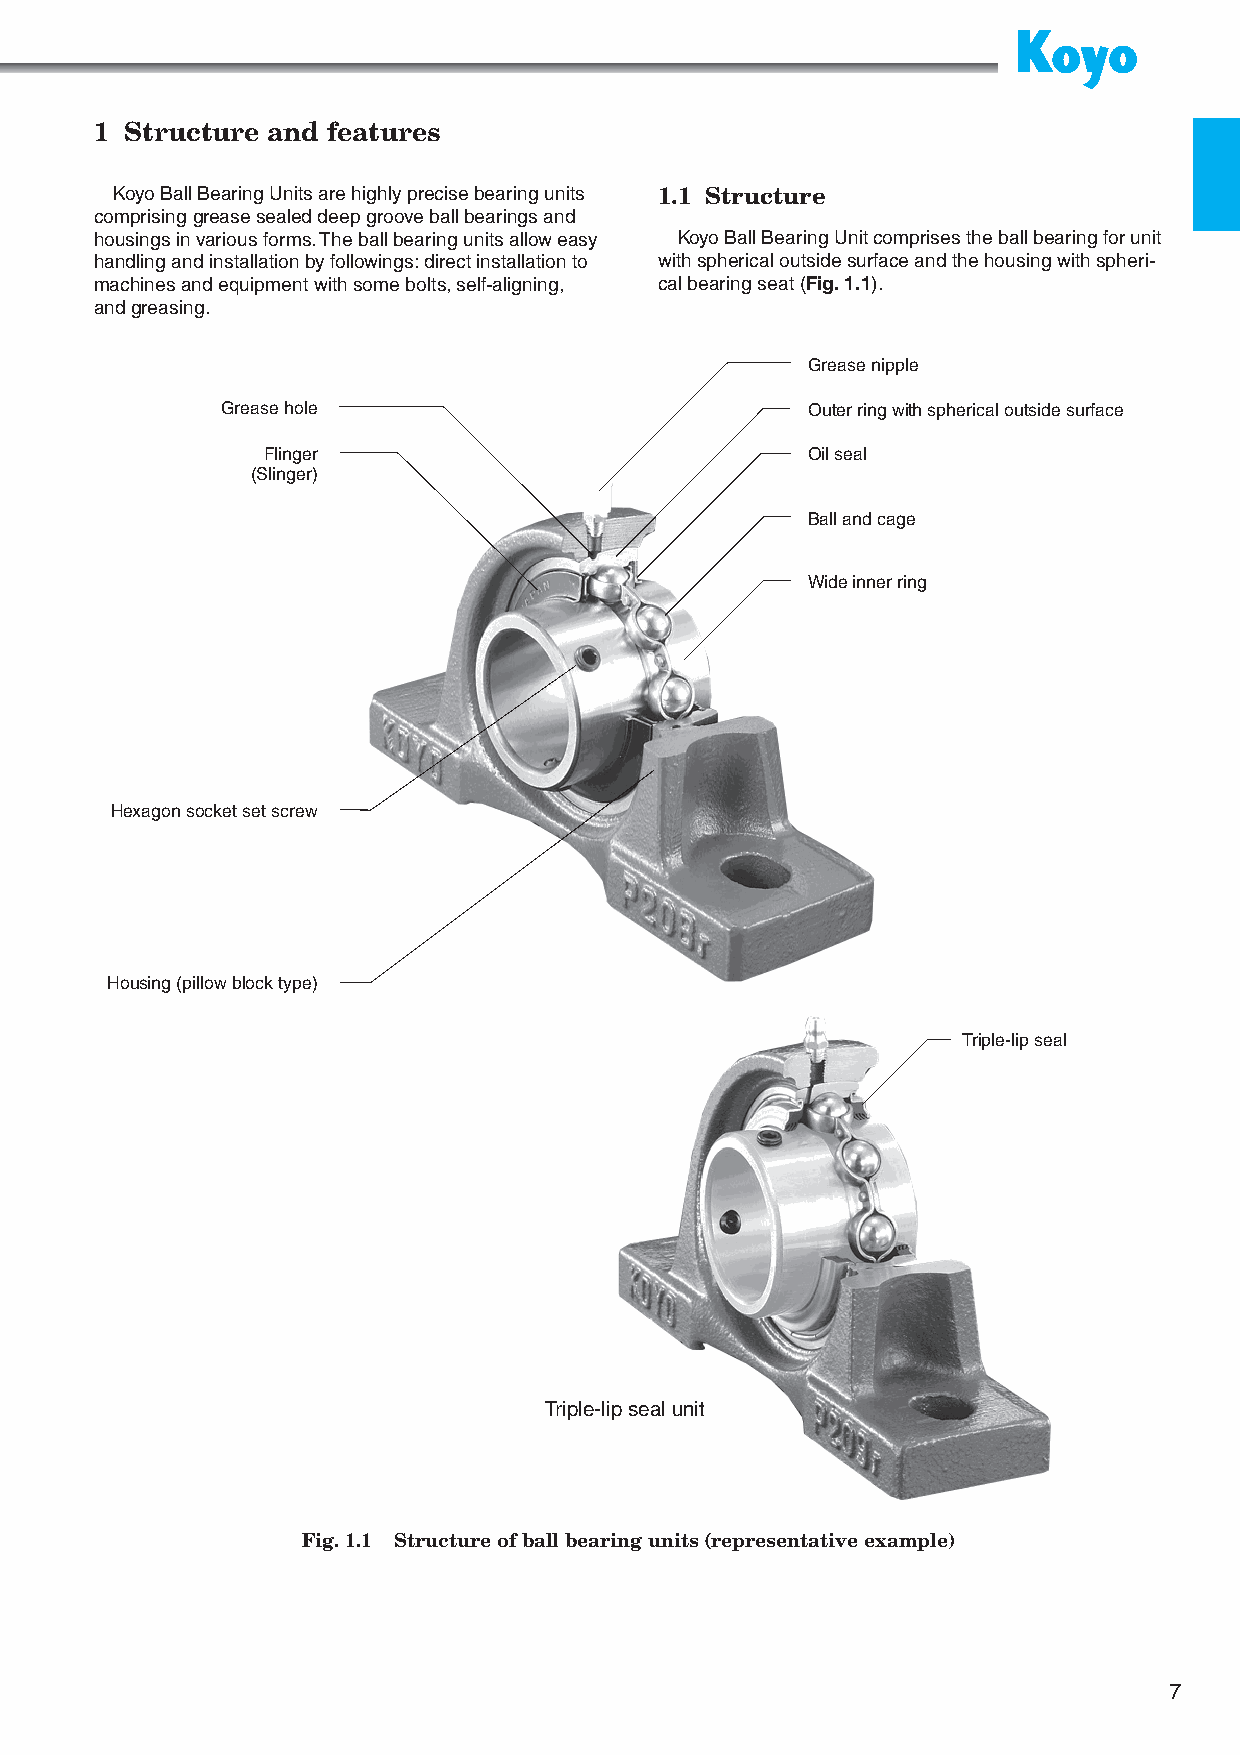
1 Structure and features
 Koyo Ball Bearing Units are highly precise bearing units 1.1 Structure
 comprising grease sealed deep groove ball bearings and
 housings in various forms. The ball bearing units allow easy Koyo Ball Bearing Unit comprises the ball bearing for unit
 handling and installation by followings: direct installation to with spherical outside surface and the housing with spheri-
 machines and equipment with some bolts, self-aligning, cal bearing seat (Fig. 1.1).
 and greasing.
 Grease nipple
 Grease hole                           Outer ring with spherical outside surface
 Flinger                             Oil seal
 (Slinger)
 Ball and cage
 Wide inner ring
 Hexagon socket set screw
 Housing (pillow block type)
 Triple-lip seal
 Triple-lip seal unit
 Fig. 1.1 Structure of ball bearing units (representative example)
 7